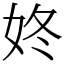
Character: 㚵